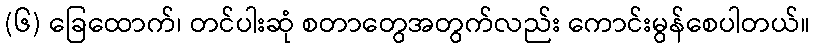
(၆) ခြေထောက်၊ တင်ပါးဆုံ စတာတွေအတွက်လည်း ကောင်းမွန်စေပါတယ်။